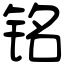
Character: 铭